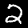
Digit: 2